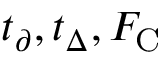
t _ { \partial } , t _ { \Delta } , F _ { \mathrm { C } }